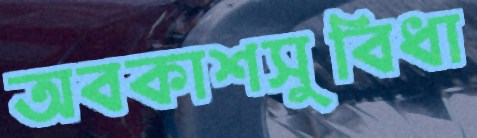
অবকাশসুবিধা